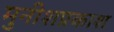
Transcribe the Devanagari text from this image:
मुनीशप्रकाश